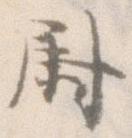
尉